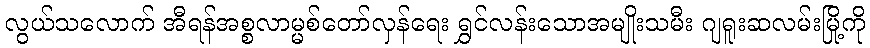
လွယ်သလောက် အီရန်အစ္စလာမ္မစ်တော်လှန်ရေး ရွှင်လန်းသောအမျိုးသမီး ဂျရူးဆလမ်းမြို့ကို